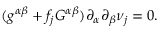
( g ^ { \alpha \beta } + f _ { j } G ^ { \alpha \beta } ) \partial _ { \alpha } \partial _ { \beta } \nu _ { j } = 0 .